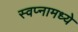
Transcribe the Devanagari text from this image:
स्वप्नामध्ये